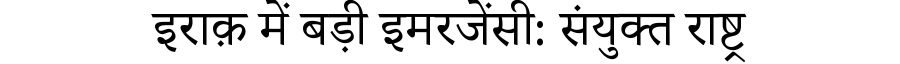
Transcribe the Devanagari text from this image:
इराक़ में बड़ी इमरजेंसी: संयुक्त राष्ट्र